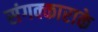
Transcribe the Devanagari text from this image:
संगक्काराके